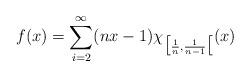
LaTeX: \begin{align*}f(x)=\sum\limits_{i=2}^\infty (n x - 1)\chi_{\big[\frac{1}{n},\frac{1}{n-1}\big[}(x) \end{align*}